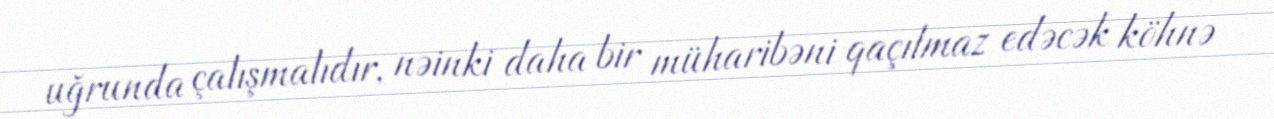
uğrunda çalışmalıdır, nəinki daha bir müharibəni qaçılmaz edəcək köhnə